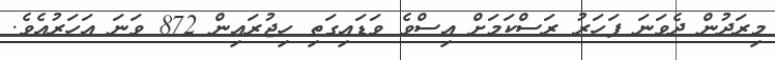
މިރަދުން ދެވަނަ ފަހަރު ރަސްކަމަށް އިސްވެ ވަޑައިގަތި ހިޖުރައިން 872 ވަނަ އަހަރުއެވެ.